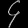
Digit: ၄